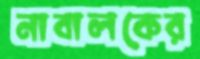
নাবালকের